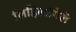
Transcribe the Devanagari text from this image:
लिहिल्लेगेले